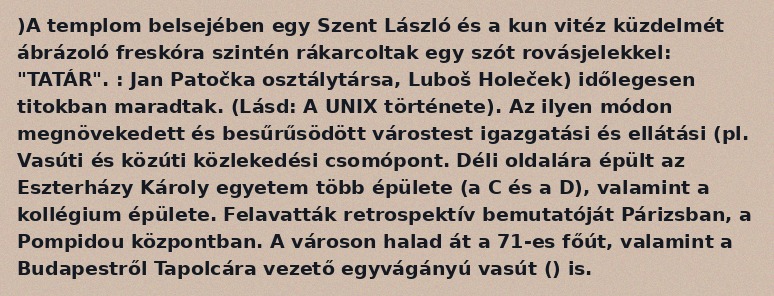
)A templom belsejében egy Szent László és a kun vitéz küzdelmét ábrázoló freskóra szintén rákarcoltak egy szót rovásjelekkel: "TATÁR". : Jan Patočka osztálytársa, Luboš Holeček) időlegesen titokban maradtak. (Lásd: A UNIX története). Az ilyen módon megnövekedett és besűrűsödött várostest igazgatási és ellátási (pl. Vasúti és közúti közlekedési csomópont. Déli oldalára épült az Eszterházy Károly egyetem több épülete (a C és a D), valamint a kollégium épülete. Felavatták retrospektív bemutatóját Párizsban, a Pompidou központban. A városon halad át a 71-es főút, valamint a Budapestről Tapolcára vezető egyvágányú vasút () is.